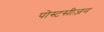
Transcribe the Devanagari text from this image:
पोस्टसीज़न